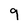
Character: 9